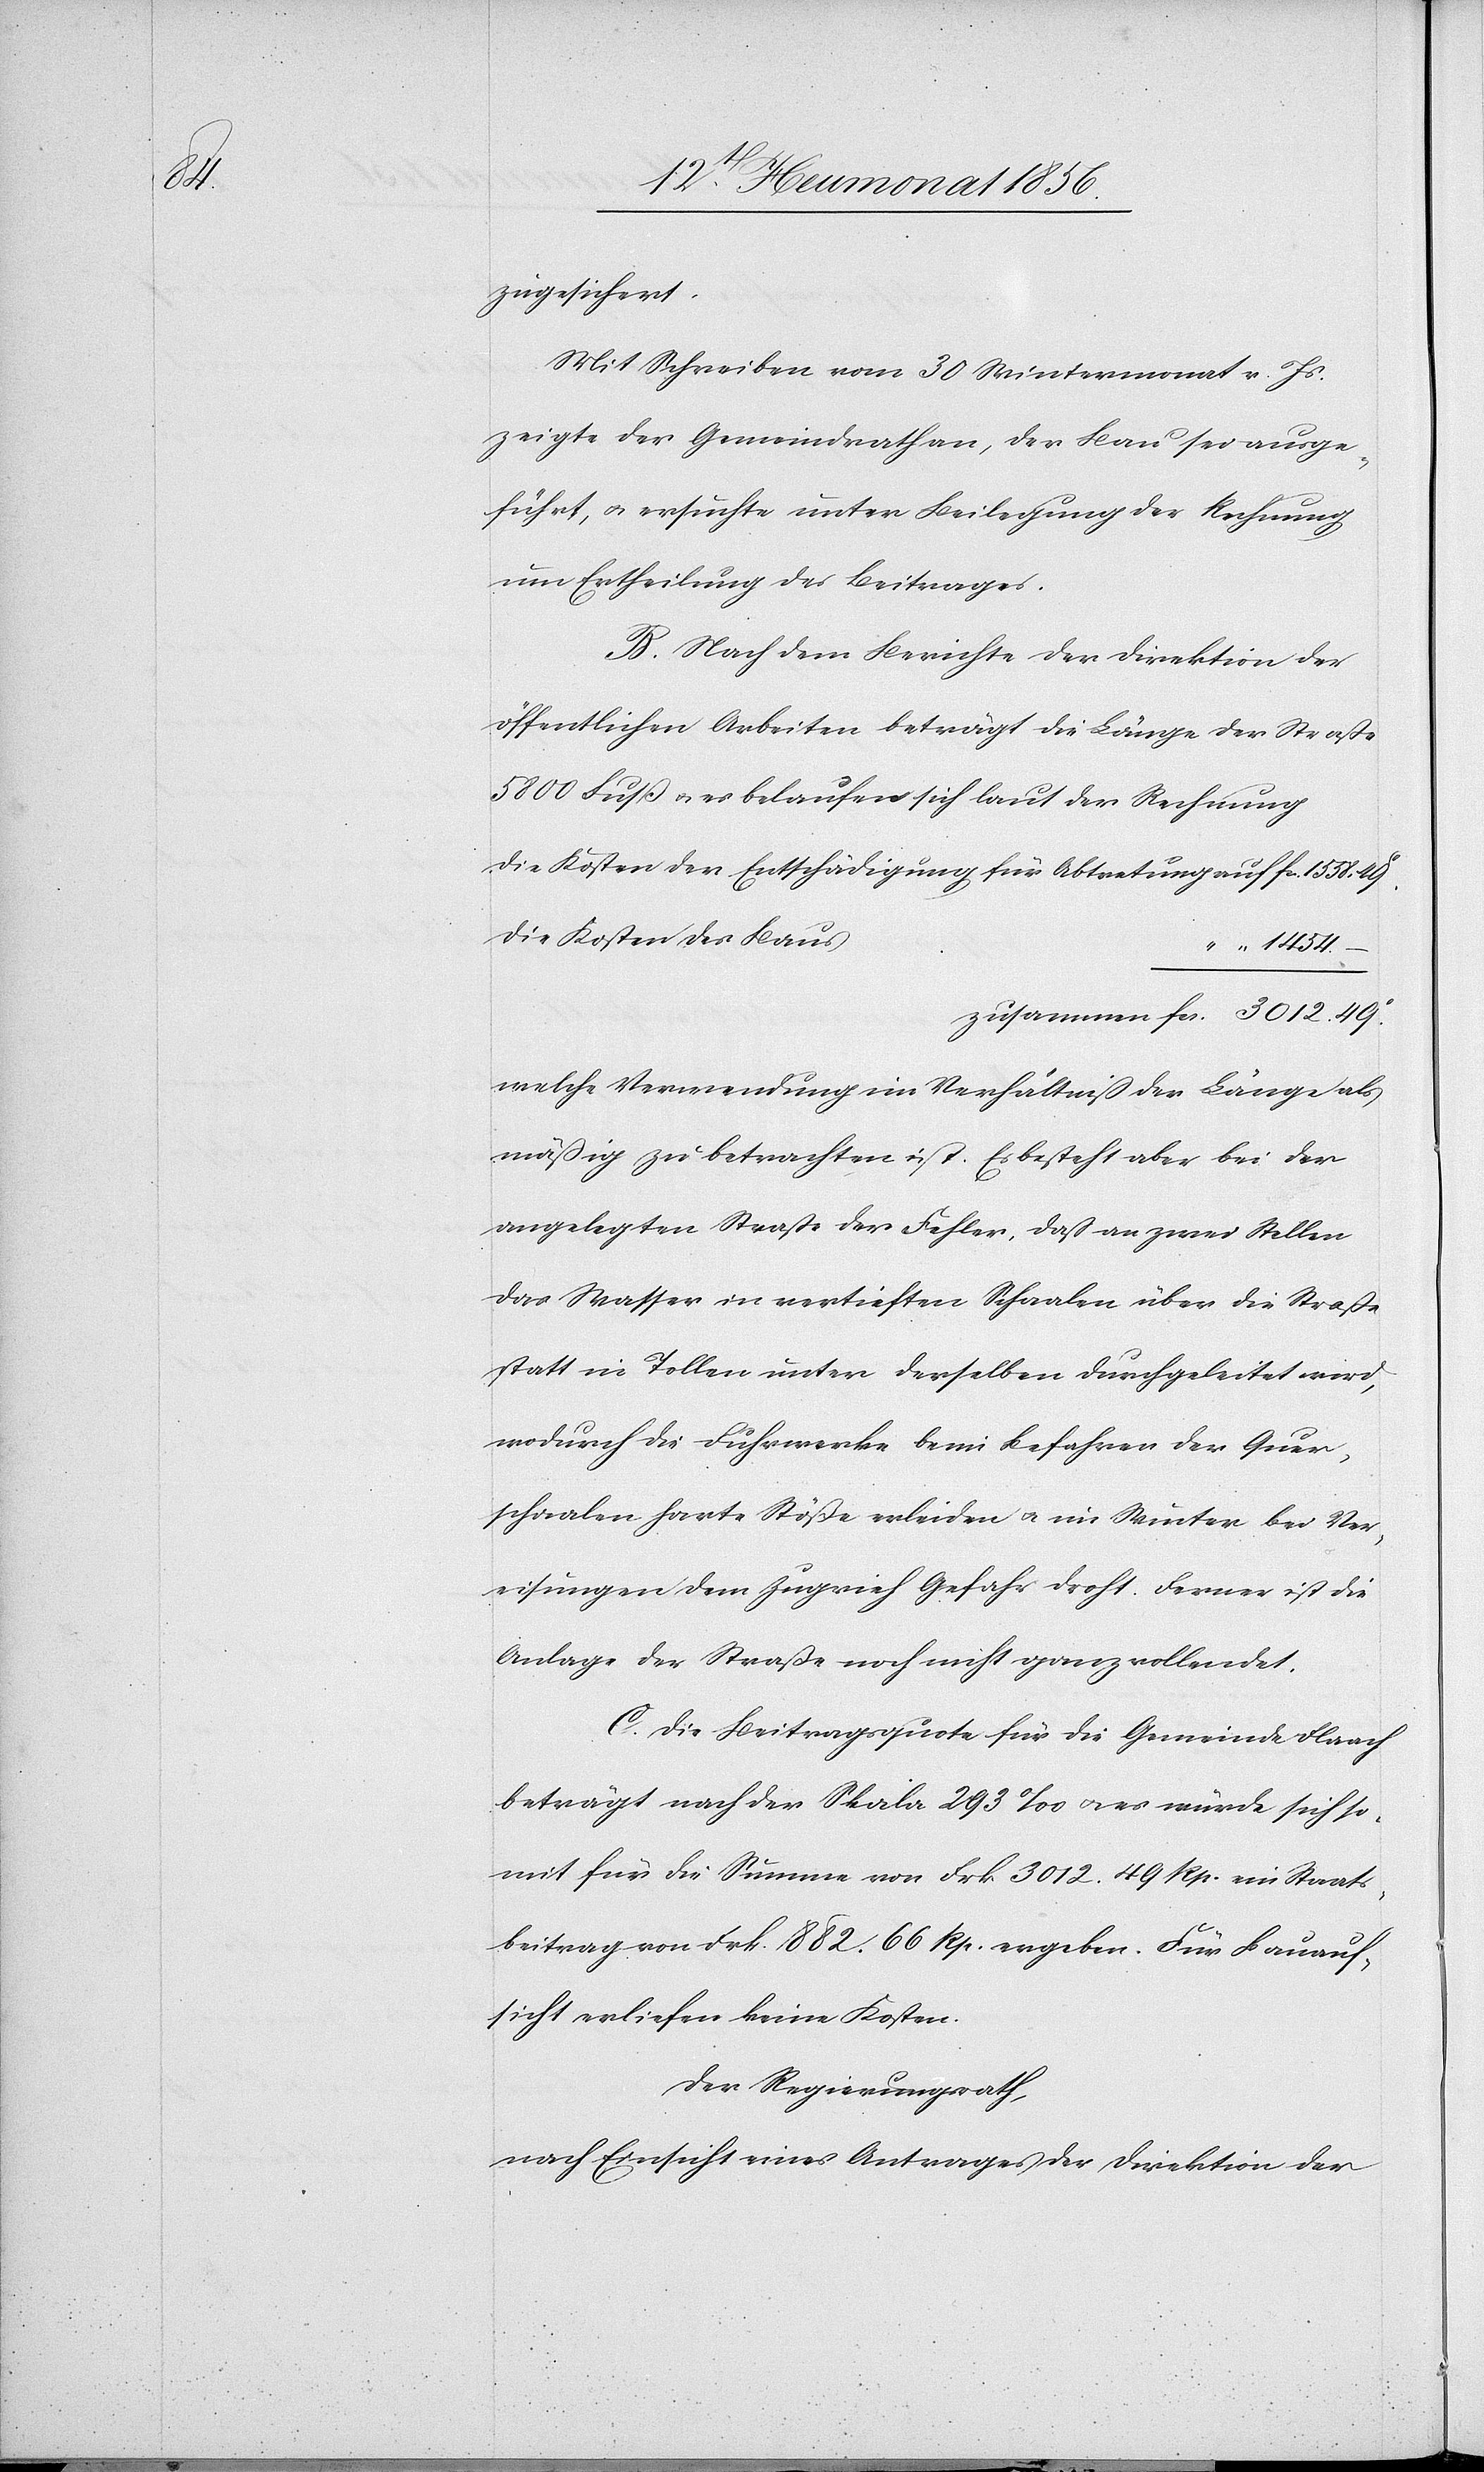
49c.

zugesichert.
Mit Schreiben vom 30 Wintermonat v. Js.
zeigte der Gemeindrath an, der Bau sei ausge¬
führt, u. ersuchte unter Beilegung der Rechnung
um Ertheilung des Beitrages.
B. Nach dem Berichte der Direktion der
öffentlichen Arbeiten beträgt die Länge der Straße
5800 Fuß u. es belaufen sich laut der Rechnung
die Kosten der Entschädigung für Abtretung						auf
“ 1454. –
zusammen	fcs. 3012. 49c.
welche Verwendung im Verhältniß der Länge als
mäßig zu betrachten ist. Es besteht aber bei der
angelegten Straße der Fehler, daß an zwei Stellen
das Wasser in vertieften Schaalen über die Straßen
statt in Tollen unter derselben durchgeleitet wird,
wodurch die Fuhrwerke beim Befahren der Quer¬
schaalen harte Stöße erleiden u. im Winter bei Ver¬
eisungen dem Zugvieh Gefahr droht. Ferner ist die
Anlage der Straße noch nicht ganz vollendet.
C. Die Beitragsquote für die Gemeinde Flaach
beträgt nach der Skala 293‰ u. es würde sich so¬
mit für die Summe von Frk. 3012. 49 Rp. ein Staats¬
beitrag von Frk. 882. 66 Rp. ergeben. Für Bauauf¬
sicht erliefen keine Kosten.
Der Regierungsrath,
nach Einsicht eines Antrages der Direktion der